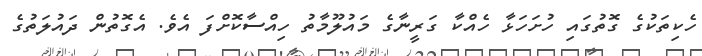
ހެކިތަކުގެ ގޮތުގައި ހުށަހަޅާ ހެއްކާ ގަރީނާގެ މައުލޫމާތު ހިއްސާކޮށްފަ އެވެ. އެގޮތުން ދައުލަތުގެ